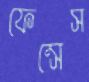
ফেন্সেস